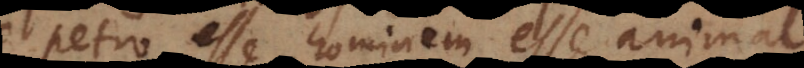
Petro esse hominem, esse animal